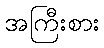
အကြီးစား